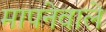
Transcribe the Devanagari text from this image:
मापनेवाले